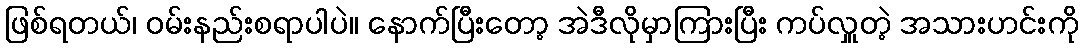
ဖြစ်ရတယ်၊ ဝမ်းနည်းစရာပါပဲ။ နောက်ပြီးတော့ အဲဒီလိုမှာကြားပြီး ကပ်လှူတဲ့ အသားဟင်းကို